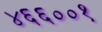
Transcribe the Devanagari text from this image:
४६६००१